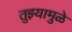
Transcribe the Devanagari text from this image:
तुझ्यामुळे